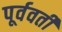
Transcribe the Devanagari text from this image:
पूर्ववर्तीं